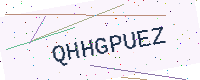
Text: QHHGPUEZ